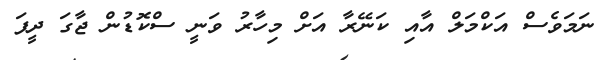
ނަމަވެސް އަކްމަލް އާއި ކަނޭރާ އަށް މިހާރު ވަނީ ސްކޮޑުން ޖާގަ ދީފަ